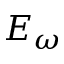
E _ { \omega }